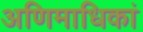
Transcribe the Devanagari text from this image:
अणिमाधिकां